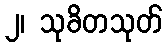
၂၊ သုခိတသုတ်